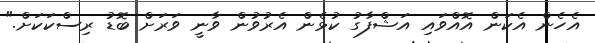
އެހެން އެކަން އޮއްވައި އަޝްފާގު ކުޅެން އެރުވުން ވާނީ ވަރަށް ބޮޑު ރިސްކަކަށް."